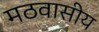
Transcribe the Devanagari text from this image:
मठवासीय